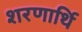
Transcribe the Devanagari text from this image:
शरणार्थि